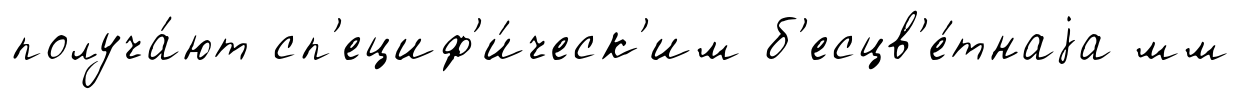
получа́ют сп'ециф'и́ческ'им б'есцв'е́тнаjа мм